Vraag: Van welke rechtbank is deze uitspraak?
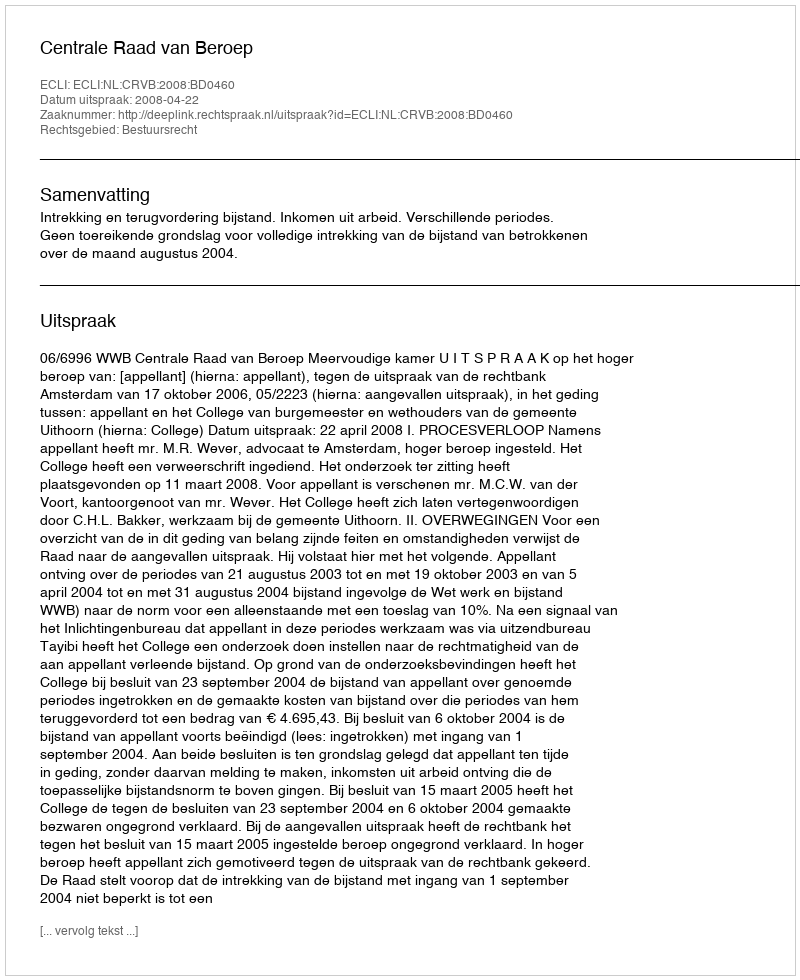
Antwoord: Centrale Raad van Beroep